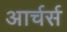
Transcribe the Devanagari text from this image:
आर्चर्स